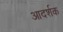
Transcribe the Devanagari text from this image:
आदर्शक